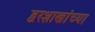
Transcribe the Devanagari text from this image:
द्वरशाखांच्या